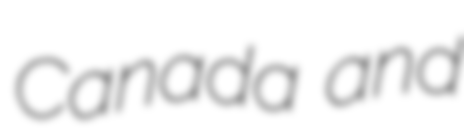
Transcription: Canada and